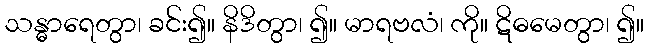
သန္ဓာရေတွာ၊ ခင်း၍။ နိဒိတွာ၊ ၍။ မာရဗလံ၊ ကို။ ဋိဓမေတွာ၊ ၍။